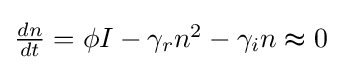
{\textstyle {\frac {dn}{dt}}=\phi I-\gamma _{r}n^{2}-\gamma _{i}n\thickapprox 0}